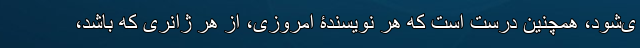
ی‌شود، همچنین درست است که هر نویسندۀ امروزی، از هر ژانری که باشد،